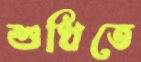
শুধিতে